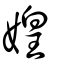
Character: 媓